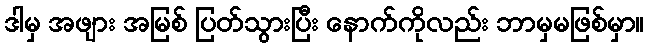
ဒါမှ အဖျား အမြစ် ပြတ်သွားပြီး နောက်ကိုလည်း ဘာမှမဖြစ်မှာ။